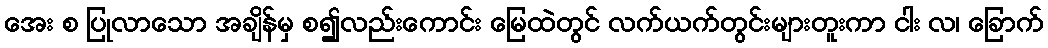
အေး စ ပြုလာသော အချိန်မှ စ၍လည်းကောင်း မြေထဲတွင် လက်ယက်တွင်းများတူးကာ ငါး လ၊ ခြောက်